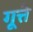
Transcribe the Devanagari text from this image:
गूत्ते